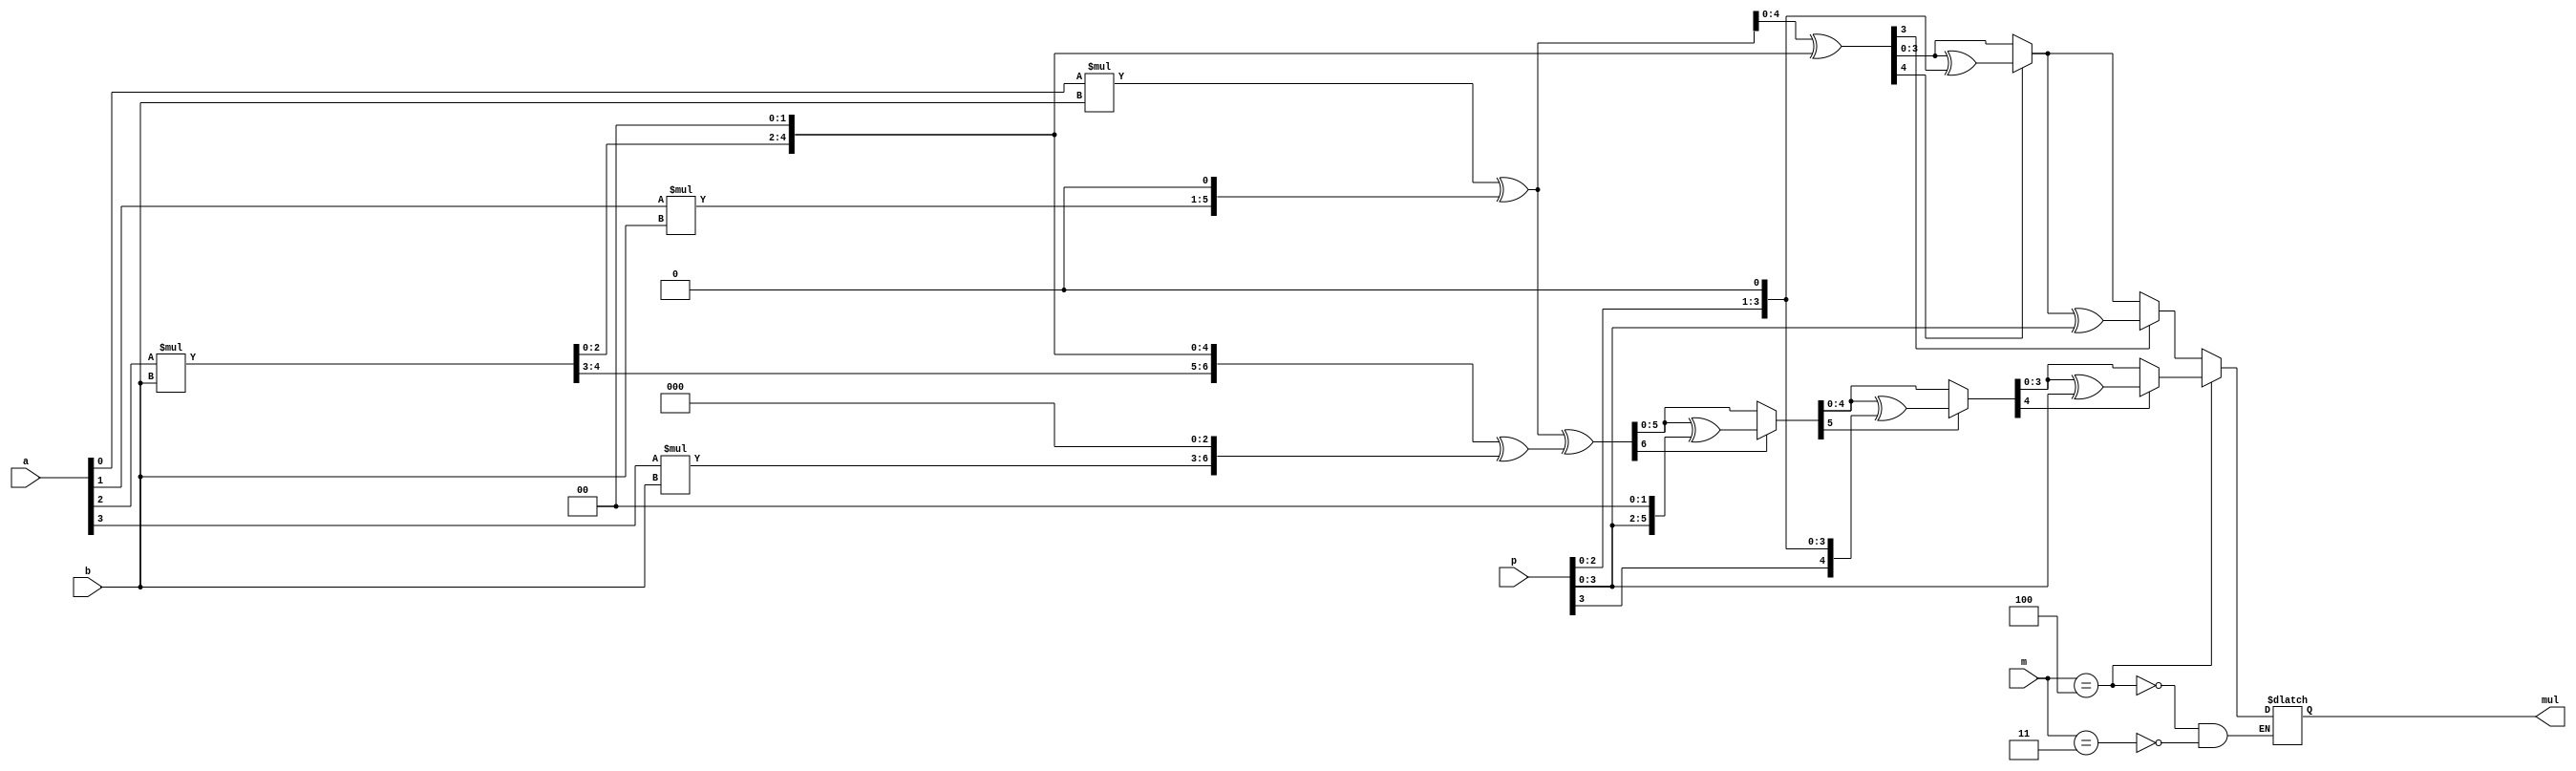
`timescale 1ns / 1ps
//////////////////////////////////////////////////////////////////////////////////
// Company: 
// Engineer: 
// 
// Design Name: 
// Module Name:    gfmul2 
// Project Name: 
// Target Devices: 
// Tool versions: 
// Description: 
//
// Dependencies: 
//
// Revision: 
// Revision 0.01 - File Created
// Additional Comments: 
//
//////////////////////////////////////////////////////////////////////////////////
//FINAL
module gfmul2(a,b,p,mul,m);
	 input [3:0]a,b;
	 input[2:0]m;
	 input[4:0]p;
	 output [3:0]mul;
	 reg [6:0]op;
	reg[6:0] y0,y1,y2,y3,y,op1,op2,op3;
	reg[6:0] p1;
	
always@(a,b)
begin
	
	if(m==3'd3)
begin
	y0=a[0]*b;
	y1=a[1]*b;
	y2=a[2]*b;
	y1=y1<<1'b1;
	y2=y2<<2'b10;
	y=(y0^y1)^y2;
	op=y;
	if(y[4]==1'b1)
	begin
	p1=p;
	p1=p1<<1'b1;
	op1=y^p1;
	op=op1;
	end
	if(y[3]==1'b1)
	begin
	op2=op[3:0]^p[3:0];
	op=op2;
	end
end
if(m==3'd4)
begin
	y0=a[0]*b;
	y1=a[1]*b;
	y2=a[2]*b;
	y3=a[3]*b;
	y1=y1<<1'b1;
	y2=y2<<2'b10;
	y3=y3<<2'b11;
	y=(y0^y1)^(y2^y3);
	op=y;
	if(y[6]==1'b1)
	begin
	p1=p;
	p1=p1<<2'b10;
	op1=y^p1;
	op=op1;
	end
	if(op[5]==1'b1)
	begin
	p1=p;
	p1=p1<<1'b1;
	op2=op^p1;
	op=op2;
	end
	if(op[4]==1'b1)
	begin
	p1=p;
	op3=op^p1;
	op=op3;
	end
end
end
assign mul=op[3:0];  
endmodule